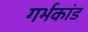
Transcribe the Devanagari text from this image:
गर्भकांड